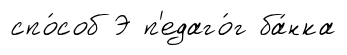
спо́соб Э п'едаго́г ба́нка